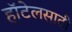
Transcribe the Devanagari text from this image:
हॉटेलसाठी